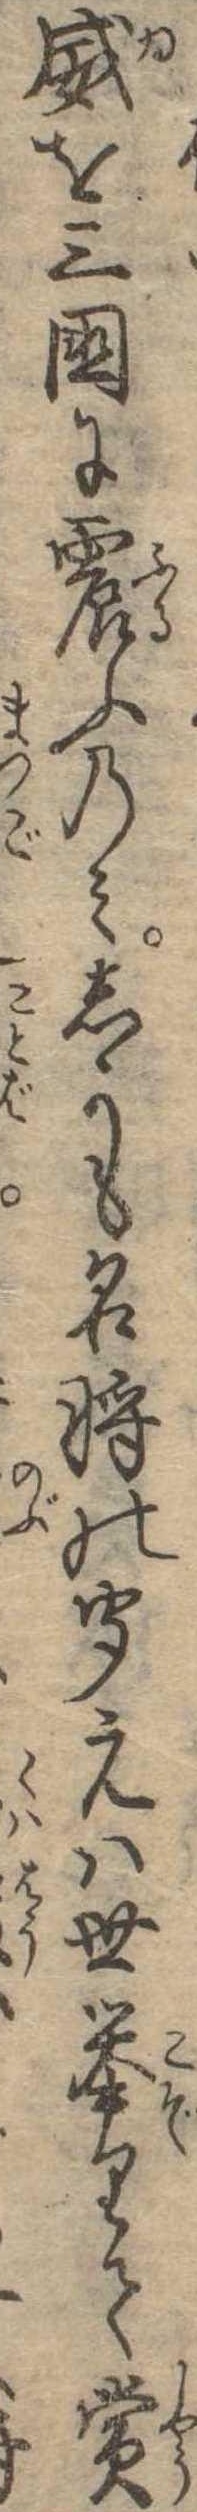
威を三国に震ふのみしかも名将の聞えは世挙りて賞